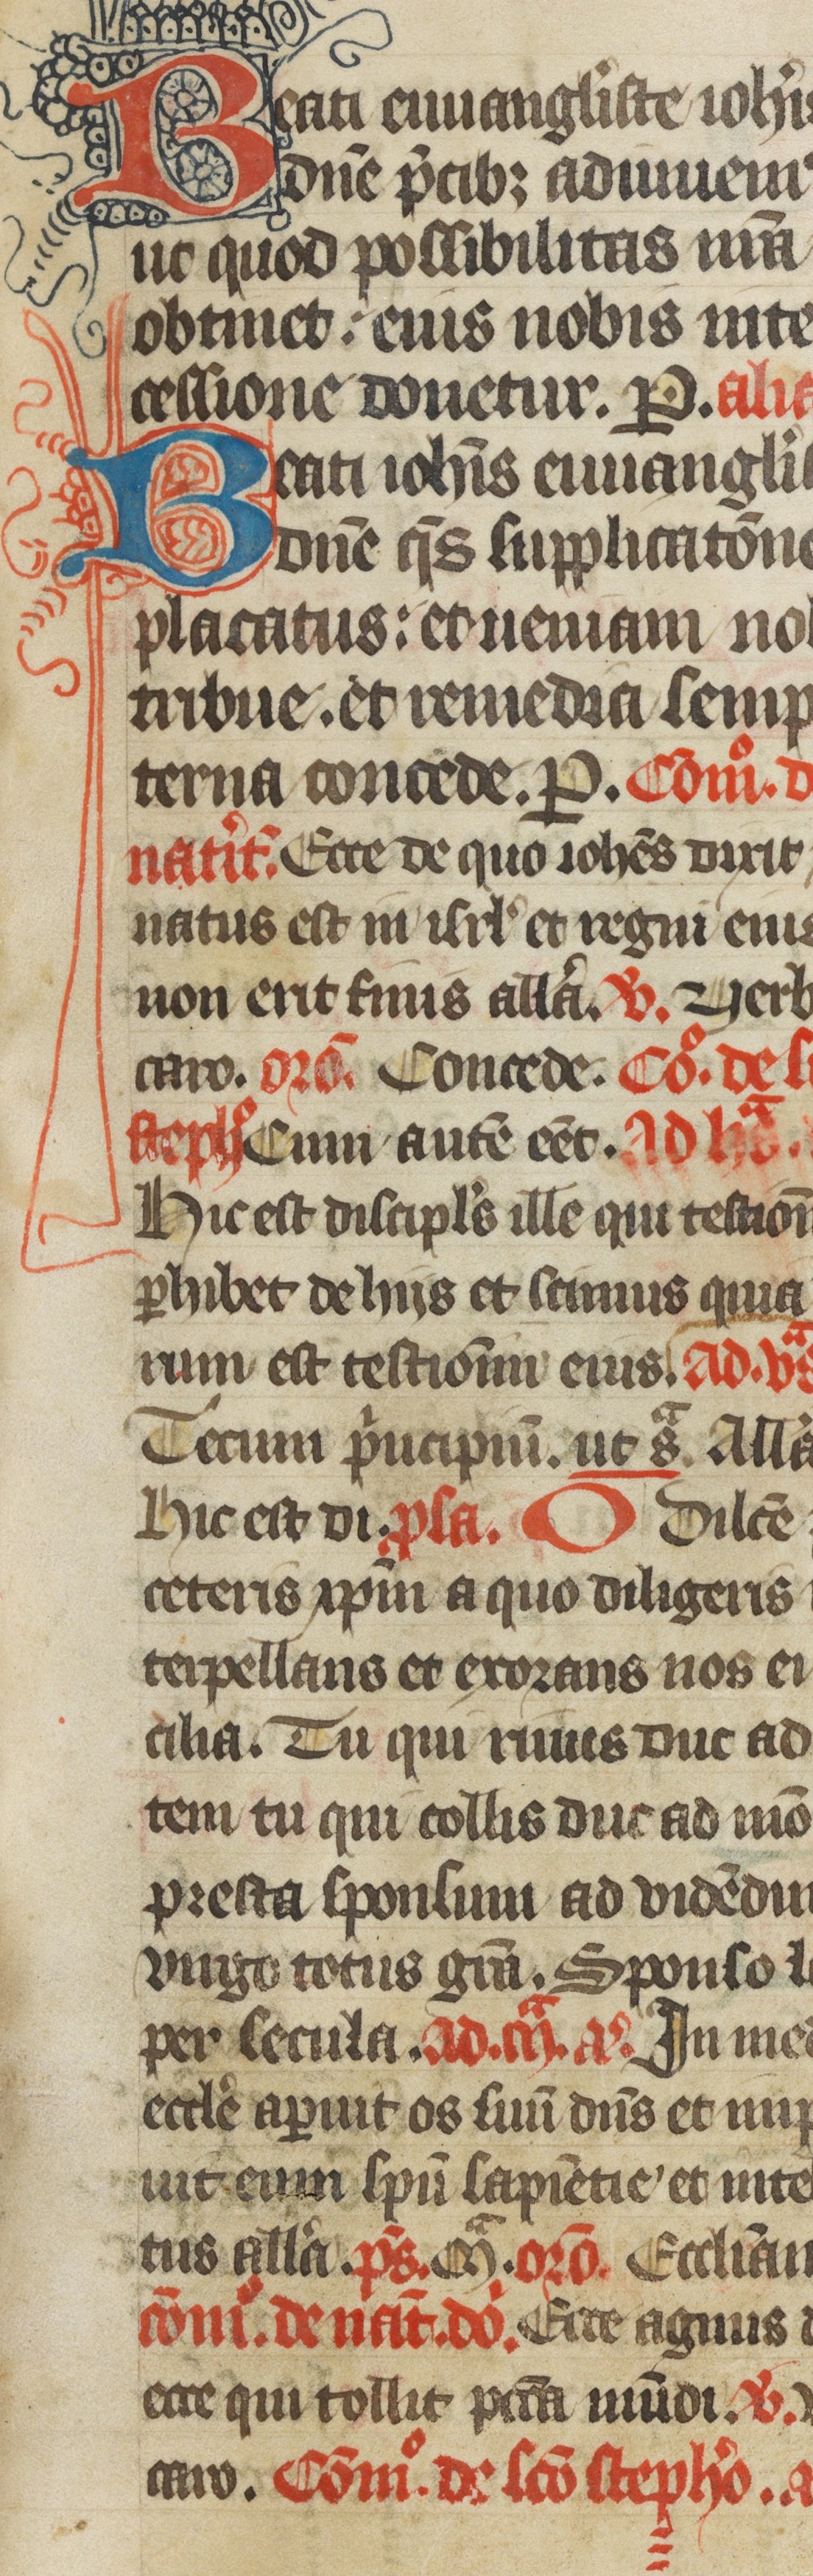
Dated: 1385–1415